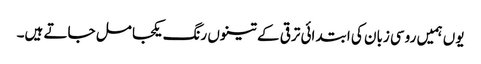
یوں ہمیں روسی زبان کی ابتدائی ترقی کے تینوں رنگ یکجا مل جاتے ہیں۔